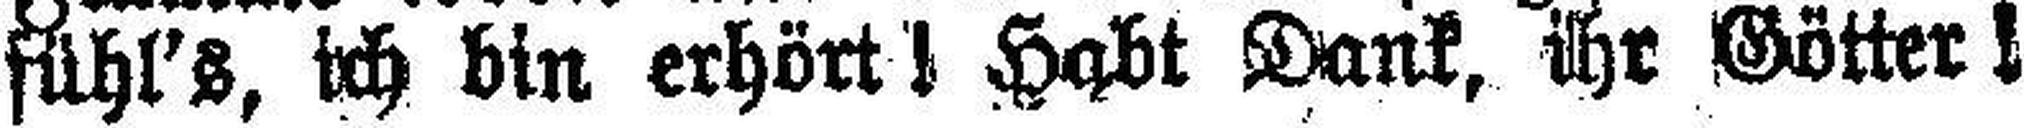
fühl's, ich bin erhört Habt Dank, ihr Götter !